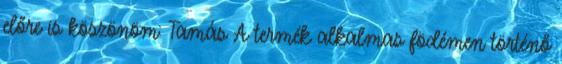
előre is köszönöm: Tamás A termék alkalmas födémen történő